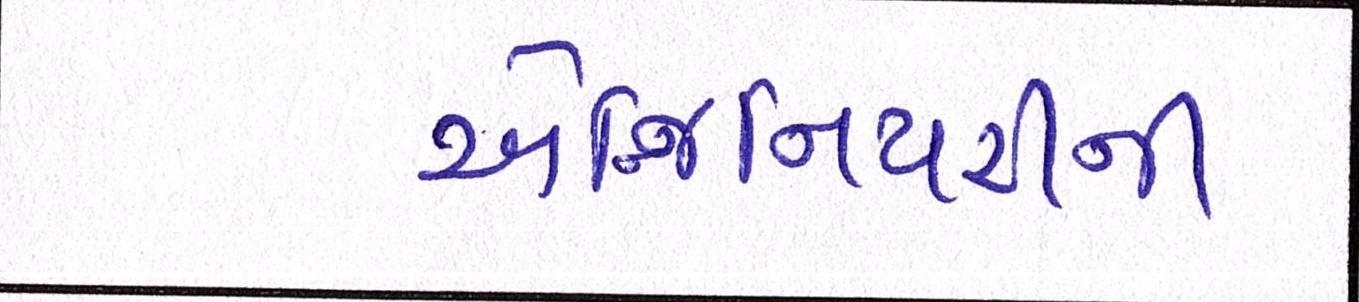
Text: એન્જિનિયરની